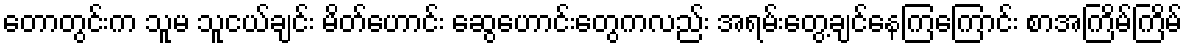
တောတွင်းက သူမ သူငယ်ချင်း မိတ်ဟောင်း ဆွေဟောင်းတွေကလည်း အရမ်းတွေ့ချင်နေကြကြောင်း စာအကြိမ်ကြိမ်